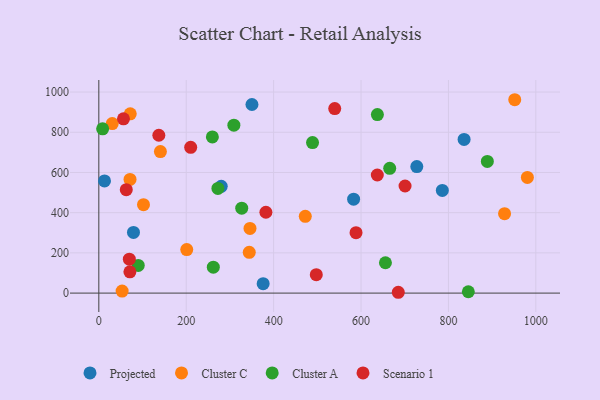
{"axis": {"x": "Investment", "y": "Rating"}, "legend": ["Cluster A", "Cluster C", "Projected", "Scenario 1"], "data": [{"x": "583.0", "y": 467.3, "type": "Projected"}, {"x": "79.3", "y": 302.0, "type": "Projected"}, {"x": "280.1", "y": 531.2, "type": "Projected"}, {"x": "13.0", "y": 558.0, "type": "Projected"}, {"x": "376.0", "y": 47.0, "type": "Projected"}, {"x": "835.8", "y": 764.2, "type": "Projected"}, {"x": "786.0", "y": 510.8, "type": "Projected"}, {"x": "350.4", "y": 938.1, "type": "Projected"}, {"x": "727.6", "y": 629.5, "type": "Projected"}, {"x": "951.7", "y": 961.8, "type": "Cluster C"}, {"x": "472.4", "y": 382.1, "type": "Cluster C"}, {"x": "344.2", "y": 202.8, "type": "Cluster C"}, {"x": "345.9", "y": 321.7, "type": "Cluster C"}, {"x": "201.2", "y": 216.3, "type": "Cluster C"}, {"x": "928.4", "y": 395.2, "type": "Cluster C"}, {"x": "140.9", "y": 703.9, "type": "Cluster C"}, {"x": "71.4", "y": 565.5, "type": "Cluster C"}, {"x": "102.2", "y": 440.0, "type": "Cluster C"}, {"x": "53.3", "y": 10.3, "type": "Cluster C"}, {"x": "71.9", "y": 891.7, "type": "Cluster C"}, {"x": "30.7", "y": 843.0, "type": "Cluster C"}, {"x": "980.6", "y": 575.1, "type": "Cluster C"}, {"x": "272.5", "y": 520.6, "type": "Cluster A"}, {"x": "637.4", "y": 887.7, "type": "Cluster A"}, {"x": "8.7", "y": 817.3, "type": "Cluster A"}, {"x": "259.8", "y": 777.0, "type": "Cluster A"}, {"x": "489.0", "y": 748.6, "type": "Cluster A"}, {"x": "90.2", "y": 137.4, "type": "Cluster A"}, {"x": "327.0", "y": 422.6, "type": "Cluster A"}, {"x": "889.0", "y": 655.0, "type": "Cluster A"}, {"x": "655.8", "y": 150.9, "type": "Cluster A"}, {"x": "845.5", "y": 6.6, "type": "Cluster A"}, {"x": "309.0", "y": 835.0, "type": "Cluster A"}, {"x": "262.0", "y": 128.7, "type": "Cluster A"}, {"x": "665.6", "y": 620.8, "type": "Cluster A"}, {"x": "137.3", "y": 785.2, "type": "Scenario 1"}, {"x": "62.8", "y": 514.6, "type": "Scenario 1"}, {"x": "69.8", "y": 168.8, "type": "Scenario 1"}, {"x": "210.2", "y": 725.2, "type": "Scenario 1"}, {"x": "56.4", "y": 867.0, "type": "Scenario 1"}, {"x": "685.2", "y": 4.1, "type": "Scenario 1"}, {"x": "637.2", "y": 587.4, "type": "Scenario 1"}, {"x": "539.8", "y": 918.0, "type": "Scenario 1"}, {"x": "71.1", "y": 106.0, "type": "Scenario 1"}, {"x": "588.5", "y": 300.3, "type": "Scenario 1"}, {"x": "497.6", "y": 91.5, "type": "Scenario 1"}, {"x": "382.3", "y": 402.1, "type": "Scenario 1"}, {"x": "700.7", "y": 532.8, "type": "Scenario 1"}]}